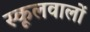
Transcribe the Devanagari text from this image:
स्कूलवालों